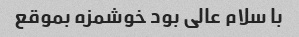
با سلام عالی بود خوشمزه بموقع